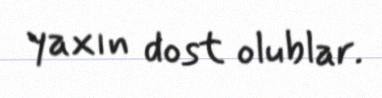
yaxın dost olublar.